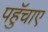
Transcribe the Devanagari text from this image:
पहुॅचाए